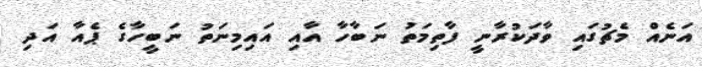
އަނެއް މެޗުގައި ވާދަކުރާނީ ފާތިމަތު ނަބާހާ އާއި އައިމިނަތު ނަބީހާގެ ޕެއާ އަދި